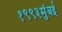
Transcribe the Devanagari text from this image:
१९९३मुंबई